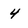
Character: 4